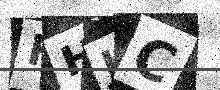
Text: FHJC